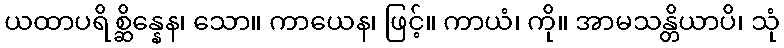
ယထာပရိစ္ဆိန္နေန၊ သော။ ကာယေန၊ ဖြင့်။ ကာယံ၊ ကို။ အာမသန္တိယာပိ၊ သုံ